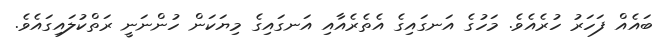
ބައެއް ފަހަރު ހުރެއެވެ. މަހުގެ އަނގައިގެ އެތެރެއާއި އަނގައިގެ މިޔަކަން ހުންނަނީ ރަތްކުލައިގައެވެ.